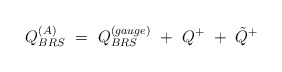
\begin{align*}Q^{(A)}_{BRS} ~=~Q^{(gauge)}_{BRS} ~+~Q^{+}~+~{\tilde Q}^{+}\end{align*}